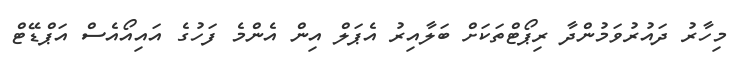
މިހާރު ދައުރުވަމުންދާ ރިޕޯޓްތަކަށް ބަލާއިރު އެޕަލް އިން އެންމެ ފަހުގެ އައިއޯއެސް އަޕްޑޭޓް